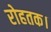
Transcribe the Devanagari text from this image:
रोहतक।